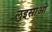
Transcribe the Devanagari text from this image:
लुइसाओ